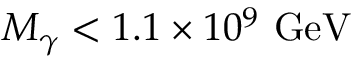
M _ { \gamma } < 1 . 1 \times 1 0 ^ { 9 } ~ \mathrm { G e V }